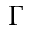
\Gamma